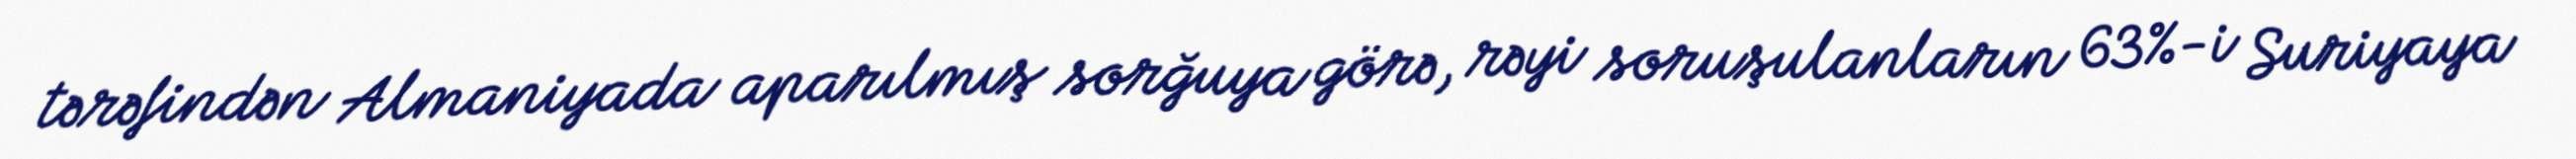
tərəfindən Almaniyada aparılmış sorğuya görə, rəyi soruşulanların 63%-i Suriyaya